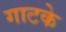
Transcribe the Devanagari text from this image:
गाटके